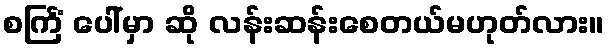
စင်္ကြံ ပေါ်မှာ ဆို လန်းဆန်းစေတယ်မဟုတ်လား။